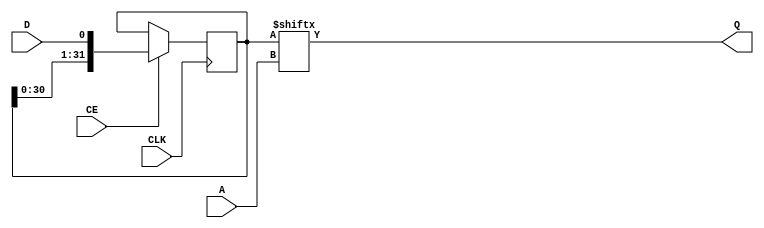
// -- (c) Copyright 2008 - 2014 Xilinx, Inc. All rights reserved.
// --
// -- This file contains confidential and proprietary information
// -- of Xilinx, Inc. and is protected under U.S. and 
// -- international copyright and other intellectual property
// -- laws.
// --
// -- DISCLAIMER
// -- This disclaimer is not a license and does not grant any
// -- rights to the materials distributed herewith. Except as
// -- otherwise provided in a valid license issued to you by
// -- Xilinx, and to the maximum extent permitted by applicable
// -- law: (1) THESE MATERIALS ARE MADE AVAILABLE "AS IS" AND
// -- WITH ALL FAULTS, AND XILINX HEREBY DISCLAIMS ALL WARRANTIES
// -- AND CONDITIONS, EXPRESS, IMPLIED, OR STATUTORY, INCLUDING
// -- BUT NOT LIMITED TO WARRANTIES OF MERCHANTABILITY, NON-
// -- INFRINGEMENT, OR FITNESS FOR ANY PARTICULAR PURPOSE; and
// -- (2) Xilinx shall not be liable (whether in contract or tort,
// -- including negligence, or under any other theory of
// -- liability) for any loss or damage of any kind or nature
// -- related to, arising under or in connection with these
// -- materials, including for any direct, or any indirect,
// -- special, incidental, or consequential loss or damage
// -- (including loss of data, profits, goodwill, or any type of
// -- loss or damage suffered as a result of any action brought
// -- by a third party) even if such damage or loss was
// -- reasonably foreseeable or Xilinx had been advised of the
// -- possibility of the same.
// --
// -- CRITICAL APPLICATIONS
// -- Xilinx products are not designed or intended to be fail-
// -- safe, or for use in any application requiring fail-safe
// -- performance, such as life-support or safety devices or
// -- systems, Class III medical devices, nuclear facilities,
// -- applications related to the deployment of airbags, or any
// -- other applications that could lead to death, personal
// -- injury, or severe property or environmental damage
// -- (individually and collectively, "Critical
// -- Applications"). Customer assumes the sole risk and
// -- liability of any use of Xilinx products in Critical
// -- Applications, subject only to applicable laws and
// -- regulations governing limitations on product liability.
// --
// -- THIS COPYRIGHT NOTICE AND DISCLAIMER MUST BE RETAINED AS
// -- PART OF THIS FILE AT ALL TIMES.
//-----------------------------------------------------------------------------
//
// Description: This is a generic n-deep SRL instantiation
// Verilog-standard:  Verilog 2001
// $Revision: 
// $Date: 
//
//-----------------------------------------------------------------------------
`timescale 1ps/1ps
`default_nettype none

(* DowngradeIPIdentifiedWarnings="yes" *) 
module axi_data_fifo_v2_1_ndeep_srl #
  (
   parameter         C_FAMILY  = "rtl", // FPGA Family
   parameter         C_A_WIDTH = 1          // Address Width (>= 1)
   )
  (
   input  wire                 CLK, // Clock
   input  wire [C_A_WIDTH-1:0] A,   // Address
   input  wire                 CE,  // Clock Enable
   input  wire                 D,   // Input Data
   output wire                 Q    // Output Data
   );

  localparam integer P_SRLASIZE = 5;
  localparam integer P_SRLDEPTH = 32;
  localparam integer P_NUMSRLS  = (C_A_WIDTH>P_SRLASIZE) ? (2**(C_A_WIDTH-P_SRLASIZE)) : 1;
  localparam integer P_SHIFT_DEPTH  = 2**C_A_WIDTH;
  
  wire [P_NUMSRLS:0]   d_i;
  wire [P_NUMSRLS-1:0] q_i;
  wire [(C_A_WIDTH>P_SRLASIZE) ? (C_A_WIDTH-1) : (P_SRLASIZE-1) : 0] a_i;
  
  genvar i;
  
  // Instantiate SRLs in carry chain format
  assign d_i[0] = D;
  assign a_i = A;
  
  generate
					
    if (C_FAMILY == "rtl") begin : gen_rtl_shifter
      if (C_A_WIDTH <= P_SRLASIZE) begin : gen_inferred_srl
        reg [P_SRLDEPTH-1:0] shift_reg = {P_SRLDEPTH{1'b0}};
        always @(posedge CLK)
          if (CE)
            shift_reg <= {shift_reg[P_SRLDEPTH-2:0], D};
        assign Q = shift_reg[a_i];
      end else begin : gen_logic_shifter  // Very wasteful
        reg [P_SHIFT_DEPTH-1:0] shift_reg = {P_SHIFT_DEPTH{1'b0}};
        always @(posedge CLK)
          if (CE)
            shift_reg <= {shift_reg[P_SHIFT_DEPTH-2:0], D};
        assign Q = shift_reg[a_i];
      end
    end else begin : gen_primitive_shifter
      for (i=0;i<P_NUMSRLS;i=i+1) begin : gen_srls
        SRLC32E
          srl_inst
            (
             .CLK (CLK),
             .A   (a_i[P_SRLASIZE-1:0]),
             .CE  (CE),
             .D   (d_i[i]),
             .Q   (q_i[i]),
             .Q31 (d_i[i+1])
             );
      end
      
      if (C_A_WIDTH>P_SRLASIZE) begin : gen_srl_mux
        generic_baseblocks_v2_1_nto1_mux #
        (
          .C_RATIO         (2**(C_A_WIDTH-P_SRLASIZE)),
          .C_SEL_WIDTH     (C_A_WIDTH-P_SRLASIZE),
          .C_DATAOUT_WIDTH (1),
          .C_ONEHOT        (0)
        )
        srl_q_mux_inst
        (
          .SEL_ONEHOT ({2**(C_A_WIDTH-P_SRLASIZE){1'b0}}),
          .SEL        (a_i[C_A_WIDTH-1:P_SRLASIZE]),
          .IN         (q_i),
          .OUT        (Q)
        );
      end else begin : gen_no_srl_mux
        assign Q = q_i[0];
      end
    end
  endgenerate

endmodule

`default_nettype wire